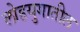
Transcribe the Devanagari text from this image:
लोहयुगातील